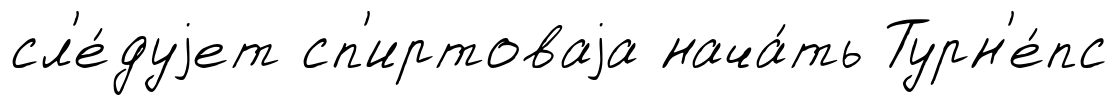
сл'е́дуjет сп'иртоваjа нача́ть Турн'е́пс